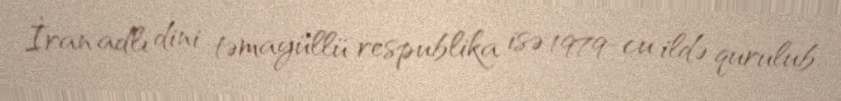
İran adlı dini təmayüllü respublika isə 1979-cu ildə qurulub.